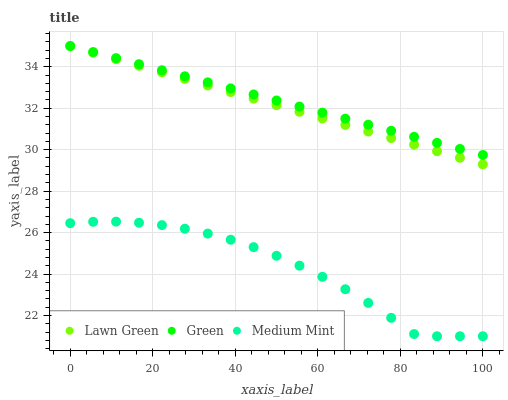
| xaxis_label | Lawn Green | Green | Medium Mint |
 | --- | --- | --- | --- |
 | 0 | 35 | 35 | 26.5 |
 | 5.56 | 34.7 | 34.7 | 26.5 |
 | 11.1 | 34.4 | 34.4 | 26.5 |
 | 16.7 | 34 | 34.1 | 26.5 |
 | 22.2 | 33.7 | 33.8 | 26.4 |
 | 27.8 | 33.4 | 33.5 | 26.2 |
 | 33.3 | 33.1 | 33.2 | 26 |
 | 38.9 | 32.8 | 33 | 25.7 |
 | 44.4 | 32.5 | 32.7 | 25.3 |
 | 50 | 32.1 | 32.4 | 24.9 |
 | 55.6 | 31.8 | 32.1 | 24.4 |
 | 61.1 | 31.5 | 31.8 | 23.9 |
 | 66.7 | 31.2 | 31.5 | 23.3 |
 | 72.2 | 30.9 | 31.2 | 22.6 |
 | 77.8 | 30.6 | 30.9 | 21.9 |
 | 83.3 | 30.2 | 30.6 | 21.1 |
 | 88.9 | 29.9 | 30.3 | 21 |
 | 94.4 | 29.6 | 30 | 21 |
 | 100 | 29.3 | 29.7 | 21 |